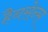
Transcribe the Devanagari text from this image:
हैनसेन्स